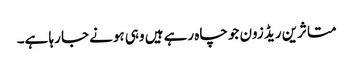
متاثرین ریڈ زون جو چاہ رہے ہیں وہی ہونے جا رہا ہے۔